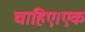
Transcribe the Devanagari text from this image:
चाहिए।एक